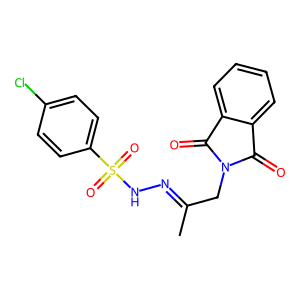
SMILES: CC(CN1C(=O)c2ccccc2C1=O)=NNS(=O)(=O)c1ccc(Cl)cc1
Inhibits HIV replication: No